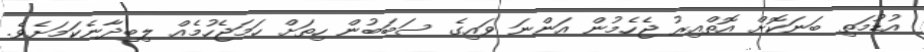
އުޑުމަތި ބަނަކޮށް އޮތްއިރު ޖެހެމުން އަންނަ ވައިގެ ސަބަަބުން ހިތަށް ހަމަޖެހުމެއް ލިބިދާނެކަމަށެވެ.